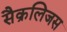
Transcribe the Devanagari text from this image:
सैक्रलिजस